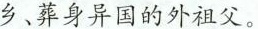
乡、葬身异国的外祖父。